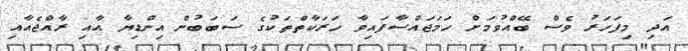
އަދި މިފަހަރު ވެސް ބޭއްވުމަށް ހަމަޖައްސާފައިވާ ހަރަކާތްތަކުގެ ސަބަބުން އިންޑިޔާ އާއި ރާއްޖެއާއި